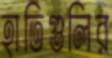
হাতিগুলির